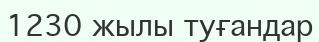
1230 жылы туғандар